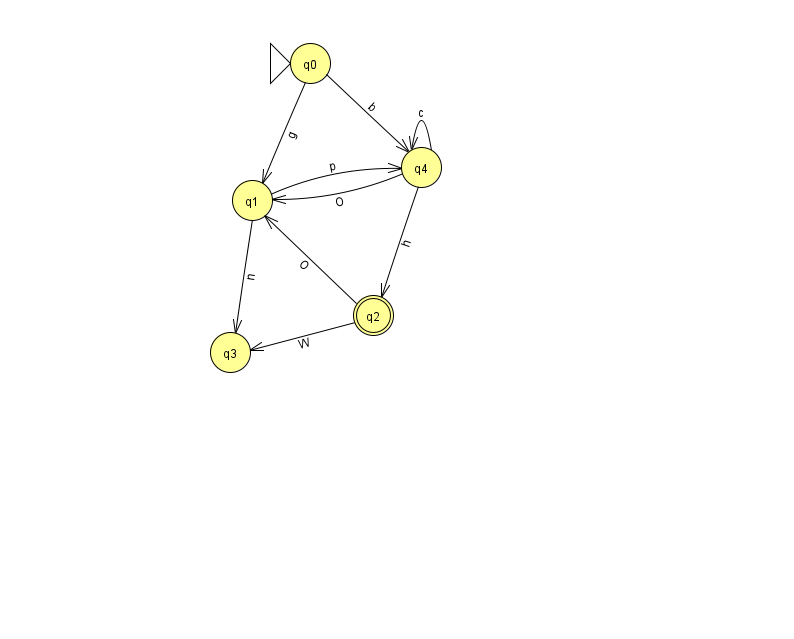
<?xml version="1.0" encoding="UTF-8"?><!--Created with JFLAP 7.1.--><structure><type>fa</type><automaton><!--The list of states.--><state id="0" name="q0"><x>310.0</x><y>50.0</y><initial/></state><state id="1" name="q1"><x>252.0</x><y>187.0</y></state><state id="2" name="q2"><x>373.0</x><y>302.0</y><final/></state><state id="3" name="q3"><x>230.0</x><y>339.0</y></state><state id="4" name="q4"><x>421.0</x><y>154.0</y></state><!--The list of transitions.--><transition><from>2</from><to>1</to><read>O</read></transition><transition><from>0</from><to>4</to><read>b</read></transition><transition><from>0</from><to>1</to><read>g</read></transition><transition><from>2</from><to>3</to><read>W</read></transition><transition><from>4</from><to>2</to><read>h</read></transition><transition><from>4</from><to>4</to><read>c</read></transition><transition><from>1</from><to>4</to><read>p</read></transition><transition><from>1</from><to>3</to><read>n</read></transition><transition><from>4</from><to>1</to><read>O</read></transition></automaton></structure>